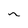
Character: n